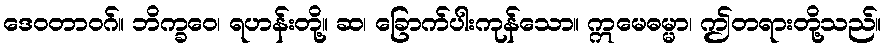
ဒေဝတာဝဂ်။ ဘိက္ခဝေ၊ ရဟန်းတို့။ ဆ၊ ခြောက်ပါးကုန်သော။ ဣမေဓမ္မာ၊ ဤတရားတို့သည်။